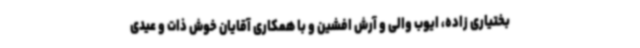
بختیاری زاده، ایوب والی و آرش افشین و با همکاری آقایان خوش ذات و عیدی